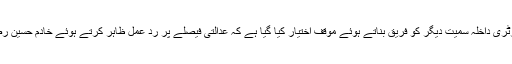
ایڈووکیٹ سید محمد اعلیٰ کی وساطت سے دائر درخواست میں پنجاب حکومت، سیکرٹری داخلہ سمیت دیگر کو فریق بناتے ہوئے موقف اختیار کیا گیا ہے کہ عدالتی فیصلے پر رد عمل ظاہر کرتے ہوئے خادم حسین رضوی کی ایما پر سڑکیں زبردستی بند کی گئیں اورنجی املاک کو نقصان پہنچایا گیا ۔